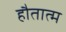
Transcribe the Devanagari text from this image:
हौतात्म